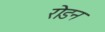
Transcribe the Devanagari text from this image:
रोडन